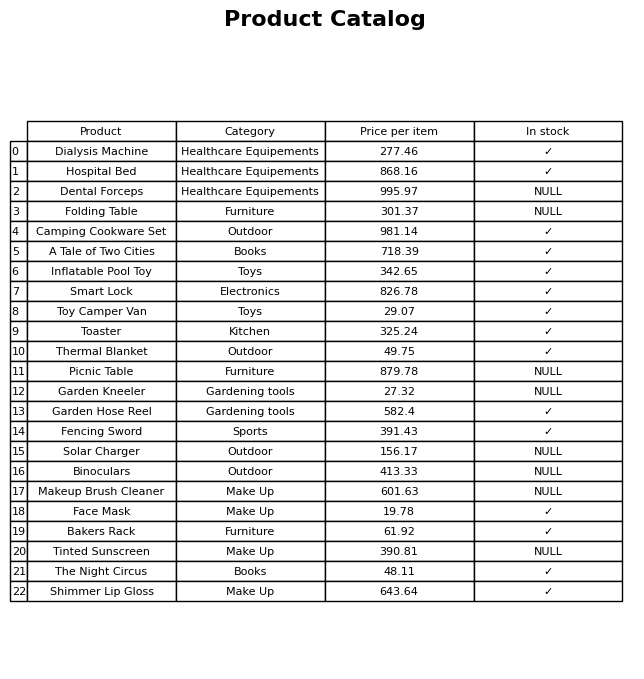
question: What is the price for Folding Table?
answer: The price of Folding Table is 301.37.